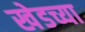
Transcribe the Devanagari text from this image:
खेडच्या